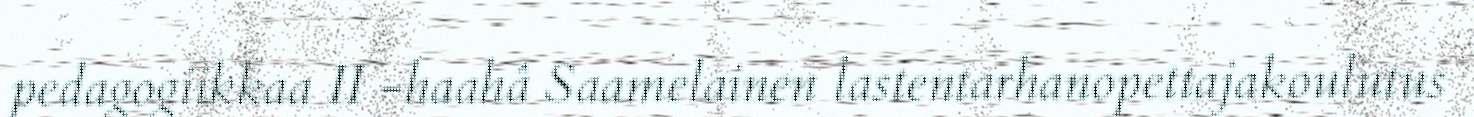
pedagogiikkaa II -haahâ Saamelainen lastentarhanopettajakoulutus